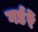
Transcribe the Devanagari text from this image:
गर्डरें